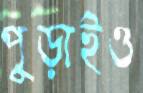
পুড়াইও